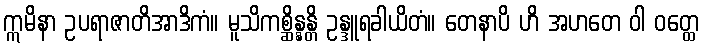
ဣမိနာ ဥပရာဇာတိအာဒိကံ။ မူသိကစ္ဆိန္နန္တိ ဥန္ဒူရခါယိတံ။ တေနာပိ ဟိ အဟတေ ဝါ ဝတ္ထေ